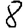
Digit: 8